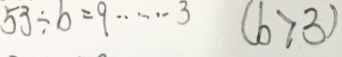
5 3 \div b = 9 \cdots 3 ( b > 3 )